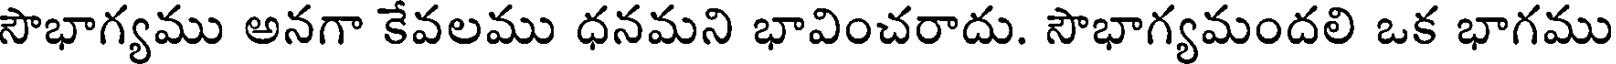
సౌభాగ్యము అనగా కేవలము ధనమని భావించరాదు. సౌభాగ్యమందలి ఒక భాగము